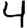
Digit: 4